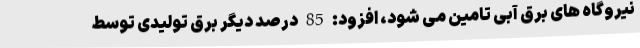
نیروگاه های برق آبی تامین می شود، افزود: 85 درصد دیگر برق تولیدی توسط